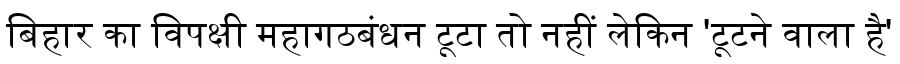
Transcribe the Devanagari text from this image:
बिहार का विपक्षी महागठबंधन टूटा तो नहीं लेकिन 'टूटने वाला है'